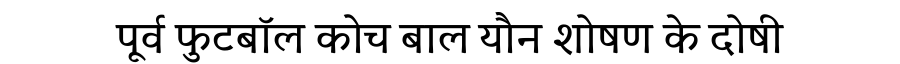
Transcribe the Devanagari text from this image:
पूर्व फुटबॉल कोच बाल यौन शोषण के दोषी